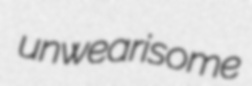
unwearisome